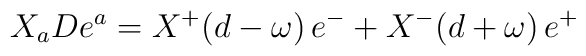
X_{a}De^{a}=X^{+}(d-\omega )\, e^{-}+X^{-}(d+\omega )\, e^{+}